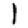
Digit: 1